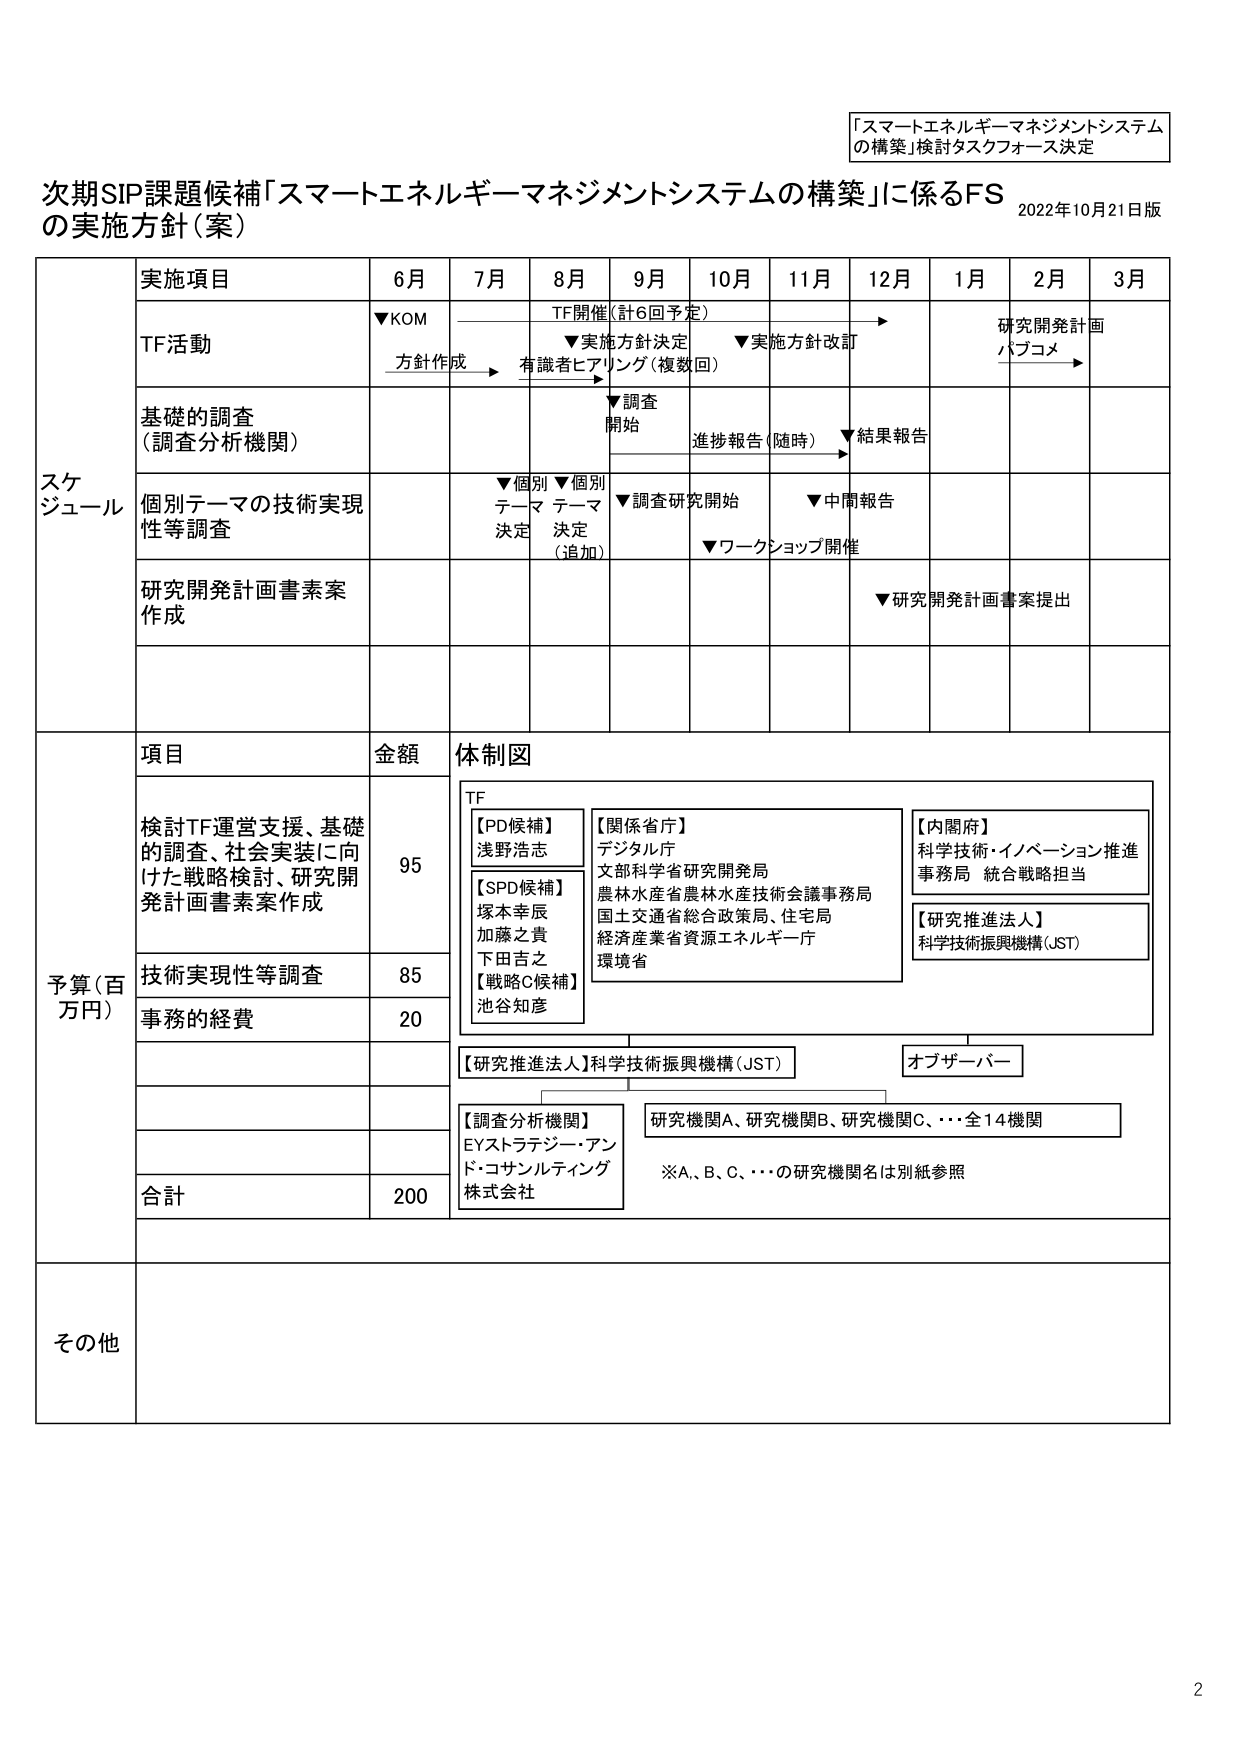
「スマートエネルギーマネジメントシステムの構築」検討タスクフォース決定

次期SIP課題候補「スマートエネルギーマネジメントシステムの構築」に係るFS
の実施方針（案）
2022年10月21日版

スケジュール
実施項目 6月 7月 8月 9月 10月 11月 12月 1月 2月 3月
TF活動 ▼KOM 方針作成 TF開催（計6回予定） ▼実施方針決定 有識者ヒアリング（複数回） ▼実施方針改訂 → 研究開発計画 パブコメ →
基礎的調査 （調査分析機関） ▼調査 開始 進捗報告（随時） ▼結果報告
個別テーマの技術実現性等調査 ▼個別 テーマ 決定 ▼個別 テーマ 決定 （追加） ▼調査研究開始 ▼中間報告 ▼ワークショップ開催
研究開発計画書素案作成 ▼研究開発計画書案提出

予算（百万円）
項目 金額 体制図
検討TF運営支援、基礎的調査、社会実装に向けた戦略検討、研究開発計画書素案作成 95 TF
【PD候補】 浅野浩志
【SPD候補】 塚本幸辰 加藤之貴 下田吉之
【戦略C候補】 池谷知彦
【関係省庁】 デジタル庁 文部科学省研究開発局 農林水産省農林水産技術会議事務局 国土交通省総合政策局、住宅局 経済産業省資源エネルギー庁 環境省
【内閣府】 科学技術・イノベーション推進事務局 統合戦略担当
【研究推進法人】 科学技術振興機構（JST）
技術実現性等調査 85
事務的経費 20
【研究推進法人】科学技術振興機構（JST） オブザーバー
【調査分析機関】 EYストラテジー・アンド・コンサルティング 株式会社 研究機関A、研究機関B、研究機関C、･･･全14機関
※A、B、C、･･･の研究機関名は別紙参照
合計 200

その他

2